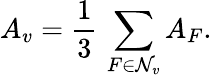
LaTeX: A_{v}=\frac{1}{3}\, \displaystyle\sum_{F\in\mathcal{N}_{v}}A_{F}.